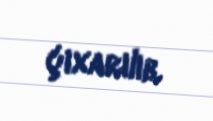
çıxarılıb.